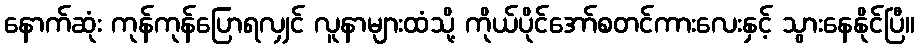
နောက်ဆုံး ကုန်ကုန်ပြောရလျှင် လူနာများထံသို့ ကိုယ်ပိုင်အော်စတင်ကားလေးနှင့် သွားနေနိုင်ပြီ။